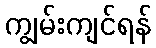
ကျွမ်းကျင်ရန်